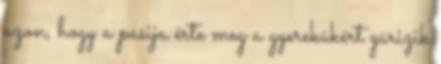
azon, hogy a pasija érte meg a gyerekükért gürizik